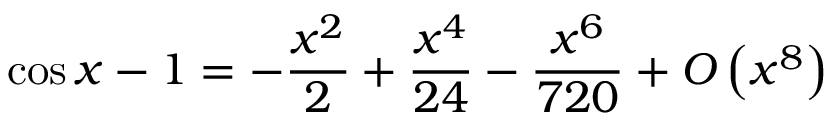
\cos x - 1 = - { \frac { x ^ { 2 } } { 2 } } + { \frac { x ^ { 4 } } { 2 4 } } - { \frac { x ^ { 6 } } { 7 2 0 } } + { O } \left( x ^ { 8 } \right)